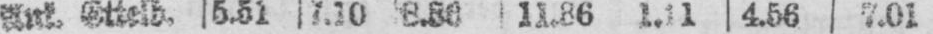
Ank. Ettelb. 5.51 7.10 8.36 11.36 1.11 4.56 7.01